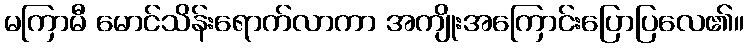
မကြာမီ မောင်သိန်းရောက်လာကာ အကျိုးအကြောင်းပြောပြလေ၏။